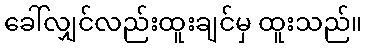
ခေါ်လျှင်လည်းထူးချင်မှ ထူးသည်။